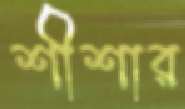
শীশার